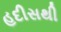
હદીસથી